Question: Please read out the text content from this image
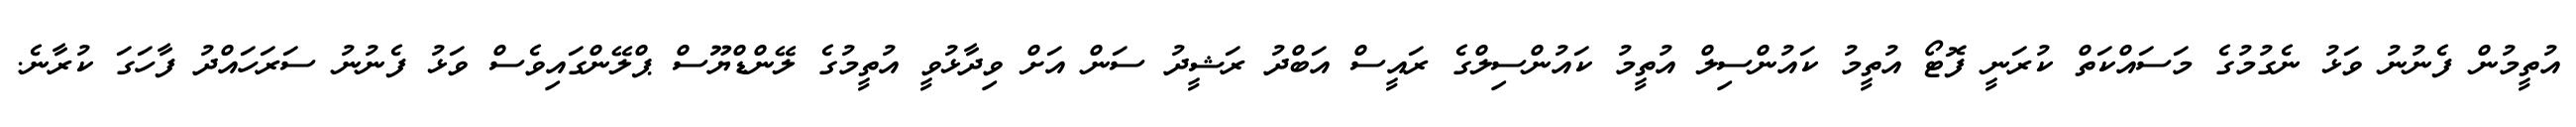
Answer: އުތީމުން ފެނުނު ވަޅު ނެގުމުގެ މަސައްކަތް ކުރަނީ ފޮޓޯ އުތީމު ކައުންސިލް އުތީމު ކައުންސިލްގެ ރައީސް އަބްދު ރަޝީދު ސަން އަށް ވިދާޅުވީ އުތީމުގެ ލޭންޑްޔޫސް ޕްލޭންގައިވެސް ވަޅު ފެނުނު ސަރަހައްދު ފާހަގަ ކުރާނެ.